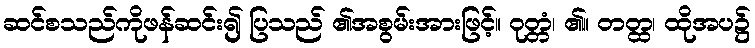
ဆင်စသည်ကိုဖန်ဆင်း၍ ပြသည် ၏အစွမ်းအားဖြင့်။ ဝုတ္တံ၊ ၏။ တတ္ထ၊ ထိုအပ၌